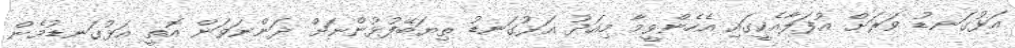
އަޅުގަނޑު ވަރަށް އުފަލާއެކީގައި އެހެންވީމާ މިއަދު އަޅުގަނޑު ތިޔަބޭފުޅުންނަށް ދަންނަވަން އޮތީ އަޅުގަނޑުމެން